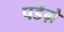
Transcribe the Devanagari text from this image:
पडेंग़े